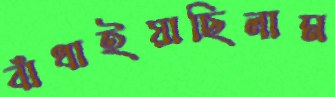
বাঁধাইয়াছিলাম